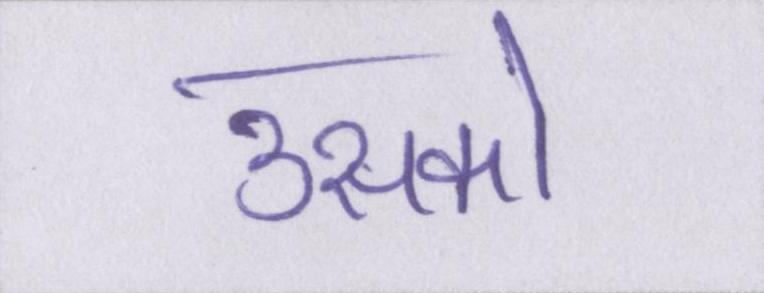
उसको